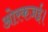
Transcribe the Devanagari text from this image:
ओरकज़ई।